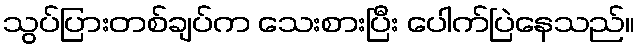
သွပ်ပြားတစ်ချပ်က သေးစားပြီး ပေါက်ပြဲနေသည်။